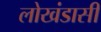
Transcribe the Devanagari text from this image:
लोखंडासी